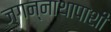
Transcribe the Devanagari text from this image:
जगन्नाथापाशी